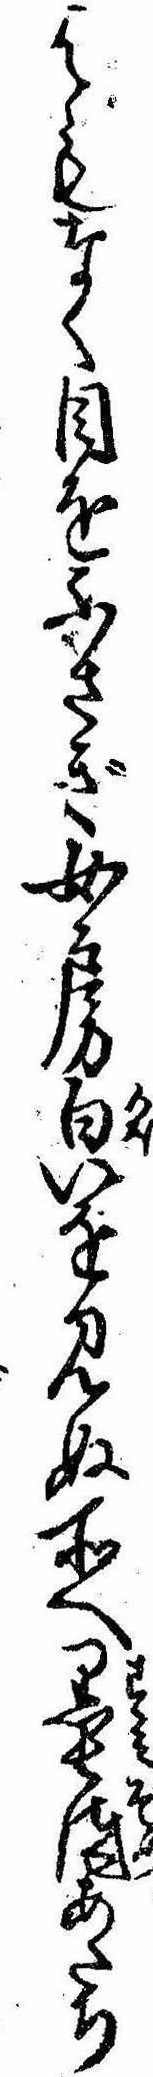
はもなく目をふさぎ女房㒵を見ぬ所へ墨染あたり